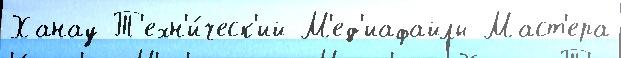
Ханау Т'ехн'и́ческ'ий М'ед'иафайлы Маст'ера